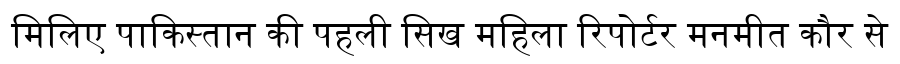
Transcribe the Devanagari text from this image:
मिलिए पाकिस्तान की पहली सिख महिला रिपोर्टर मनमीत कौर से